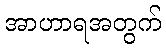
အာဟာရအတွက်